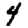
Digit: 4